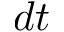
d t